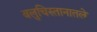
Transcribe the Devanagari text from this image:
बलुचिस्तानातले